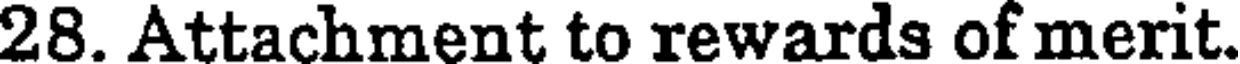
28. Attachment to rewards of merit.